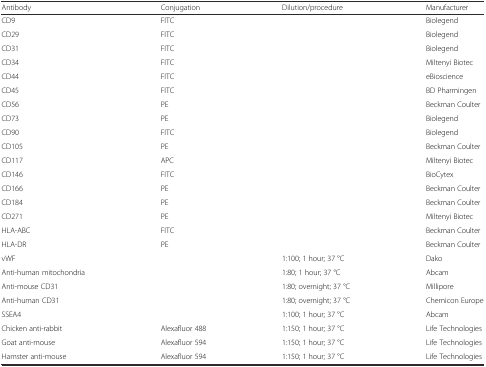
<table><thead><tr><td><b>Antibody</b></td><td><b>Conjugation</b></td><td><b>Dilution/procedure</b></td><td><b>Manufacturer</b></td></tr></thead><tbody><tr><td>CD9</td><td>FITC</td><td></td><td>Biolegend</td></tr><tr><td>CD29</td><td>FITC</td><td></td><td>Biolegend</td></tr><tr><td>CD31</td><td>FITC</td><td></td><td>Biolegend</td></tr><tr><td>CD34</td><td>FITC</td><td></td><td>Miltenyi Biotec</td></tr><tr><td>CD44</td><td>FITC</td><td></td><td>eBioscience</td></tr><tr><td>CD45</td><td>FITC</td><td></td><td>BD Pharmingen</td></tr><tr><td>CD56</td><td>PE</td><td></td><td>Beckman Coulter</td></tr><tr><td>CD73</td><td>PE</td><td></td><td>Biolegend</td></tr><tr><td>CD90</td><td>FITC</td><td></td><td>Biolegend</td></tr><tr><td>CD105</td><td>PE</td><td></td><td>Beckman Coulter</td></tr><tr><td>CD117</td><td>APC</td><td></td><td>Miltenyi Biotec</td></tr><tr><td>CD146</td><td>FITC</td><td></td><td>BioCytex</td></tr><tr><td>CD166</td><td>PE</td><td></td><td>Beckman Coulter</td></tr><tr><td>CD184</td><td>PE</td><td></td><td>Beckman Coulter</td></tr><tr><td>CD271</td><td>PE</td><td></td><td>Miltenyi Biotec</td></tr><tr><td>HLA-ABC</td><td>FITC</td><td></td><td>Beckman Coulter</td></tr><tr><td>HLA-DR</td><td>PE</td><td></td><td>Beckman Coulter</td></tr><tr><td>vWF</td><td></td><td>1:100; 1 hour; 37 °C</td><td>Dako</td></tr><tr><td>Anti-human mitochondria</td><td></td><td>1:80; 1 hour; 37 °C</td><td>Abcam</td></tr><tr><td>Anti-mouse CD31</td><td></td><td>1:80; overnight; 37 °C</td><td>Millipore</td></tr><tr><td>Anti-human CD31</td><td></td><td>1:80; overnight; 37 °C</td><td>Chemicon Europe</td></tr><tr><td>SSEA4</td><td></td><td>1:100; 1 hour; 37 °C</td><td>Abcam</td></tr><tr><td>Chicken anti-rabbit</td><td>Alexafluor 488</td><td>1:150; 1 hour; 37 °C</td><td>Life Technologies</td></tr><tr><td>Goat anti-mouse</td><td>Alexafluor 594</td><td>1:150; 1 hour; 37 °C</td><td>Life Technologies</td></tr><tr><td>Hamster anti-mouse</td><td>Alexafluor 594</td><td>1:150; 1 hour; 37 °C</td><td>Life Technologies</td></tr></tbody></table>